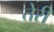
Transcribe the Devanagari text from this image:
तेेरी